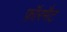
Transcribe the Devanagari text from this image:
फ़ॉरमैट